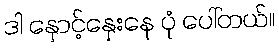
ဒါ နှောင့်နှေးနေ ပုံ ပေါ်တယ်။